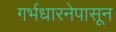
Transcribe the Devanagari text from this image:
गर्भधारनेपासून